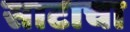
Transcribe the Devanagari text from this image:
साटाचा